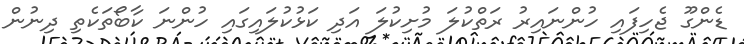
ޑެންގޫ ޖެހިފައި ހުންނައިރު ރަތްކުލަ މުށިކުލަ އަދި ކަޅުކުލައިގައި ހުންނަ ކާބޯތަކެތި ދިނުން